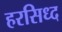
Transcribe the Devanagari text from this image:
हरसिध्द